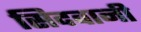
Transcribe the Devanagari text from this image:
सिदवानी